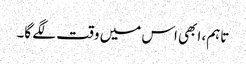
تاہم، ابھی اس میں وقت لگے گا۔